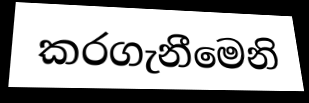
කරගැනීමෙනි